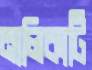
নালিকাটি